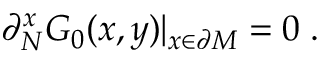
\partial _ { N } ^ { x } G _ { 0 } ( x , y ) | _ { x \in { \partial { \cal M } } } = 0 \; .